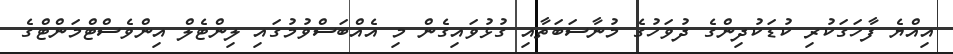
އިއްޔެ ފާހަގަކުރި ކުޑަކުދިންގެ ދުވަހުގެ މުނާސަބަތާއި ގުޅުވައިގެން މި އެއްބަސްވުމުގައި ލިންޓެލް އިންވެސްޓްމަންޓްގެ